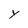
Character: y